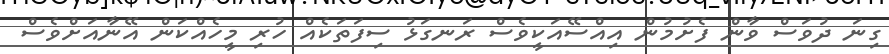
ގިނަ ދުވަސް ވާން ފެށުމުން އިއްސޭއަކީވެސް ރަނގަޅު ސިފަތަކެއް ހުރި މީހެއްކަން އޭނާއަށްވެސް